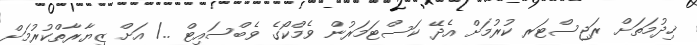
ޚިދުމަތަށް ރަޖިސްޓަރ ކުރުމަށް އެދޭ ކަސްޓަމަރުން ވެމްކޯގެ ވެބްސައިޓް ../ އަށް ޒިޔާރާތްކުރުމަށް